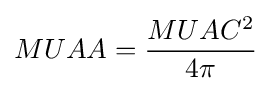
MUAA={\frac {MUAC^{2}}{4\pi }}